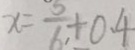
x = \frac { 5 } { 6 } + 0 . 4